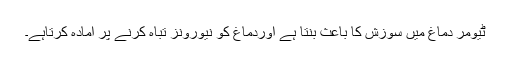
ٹیومر دماغ میں سوزش کا باعث بنتا ہے اوردماغ کو نیورونز تباہ کرنے پر آمادہ کرتاہے۔